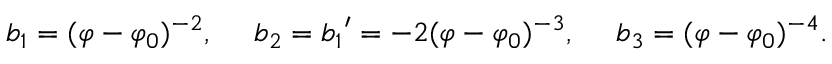
b _ { 1 } = ( \varphi - \varphi _ { 0 } ) ^ { - 2 } , \ \ \ \ b _ { 2 } = { b _ { 1 } } ^ { \prime } = - 2 ( \varphi - \varphi _ { 0 } ) ^ { - 3 } , \ \ \ \ b _ { 3 } = ( \varphi - \varphi _ { 0 } ) ^ { - 4 } .